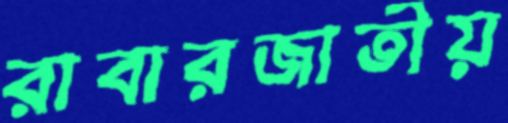
রাবারজাতীয়